Indian Medical Review
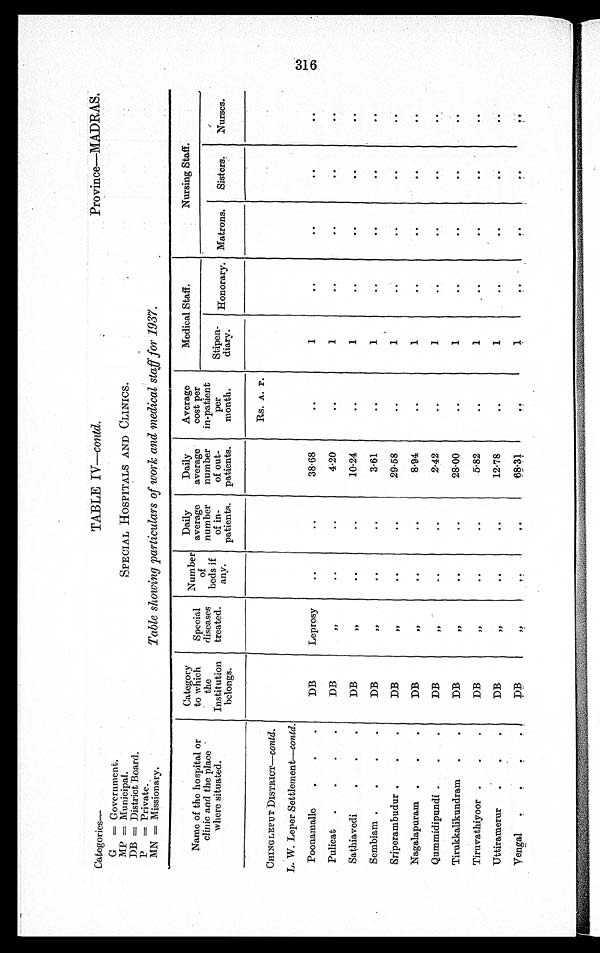
Categories—
TABLE IV—contd.
Province—MADRAS.
G=Go v e r n me n t .
SPECIAL HOSPITALS AND CLINICS.
MP=Municipal.
DB=District Board,
Table showing particulars of work and medical staff for 1937.
P=Private.
MN=Missionary.
Name of the hospital or
clinic and the place
where situated.
Category
to which
the
Institution
belongs.
Special
diseases
treated
Number
of
beds if
any.
Daily
average
number
of in-
patients.
Daily
average
number
of out-
patients.
Average
cost per
in-patient
per
month.
Medical Staff.
Nursing Staff.
Stipen-
diary.
Honorary. Matrons.
Sisters.
Nurses.
Rs. A. P.
CHINGLEPUT DISTRICT— Contd.
..
L. W. Leper Settlement— contd.
..
Poonamalle
DB
Leprosy
. .
..
38·68
..
1
..
..
..
..
Pulicat
DB
, ,
..
..
4·20
..
1
..
..
..
..
Sathiavedi
DB
, ,
..
..
10·24
..
1
..
..
..
..
Sembiam
DB
, ,
. .
. .
3·61
..
1
..
..
..
..
Sriperambudur
DB
, ,
..
..
29·58
..
1
..
..
..
..
Nagalapuram
DB
, ,
..
. .
8·94
..
1
..
..
..
..
Qummidipunchi
DB
, ,
..
..
2·42
..
1
..
..
..
..
Tirukkalikundram
DB
, ,
..
..
28·00
..
1
..
..
..
..
Tiruvathiyoor
DB
, ,
..
..
5·82
..
1
..
..
..
..
Uttiramerur
DB
, ,
..
. .
12·78
..
1
..
..
..
..
Vengal
D B
, , ..
..
68·31
..
1 ..
..
..
..
)-4